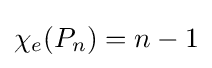
\chi _{e}(P_{n})=n-1